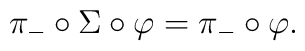
\pi_- \circ \Sigma \circ \varphi = \pi_- \circ \varphi.